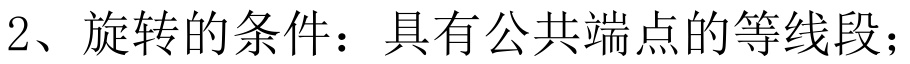
2、旋转的条件：具有公共端点的等线段；